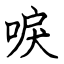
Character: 唳